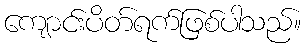
ကျောင်းပိတ်ရက်ဖြစ်ပါသည်။